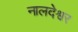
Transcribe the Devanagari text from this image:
नालदेश्वर